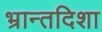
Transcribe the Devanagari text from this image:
भ्रान्तदिशा